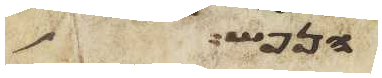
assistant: הנפש